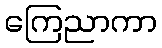
ကြေညာကာ